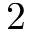
2